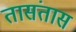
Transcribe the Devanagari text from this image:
तासंतास